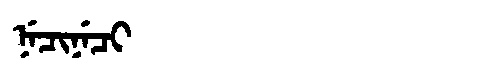
Manchu: ᠨᡝᠴᡳᠨᡝᠴᡳ
Romanization: NECINECI